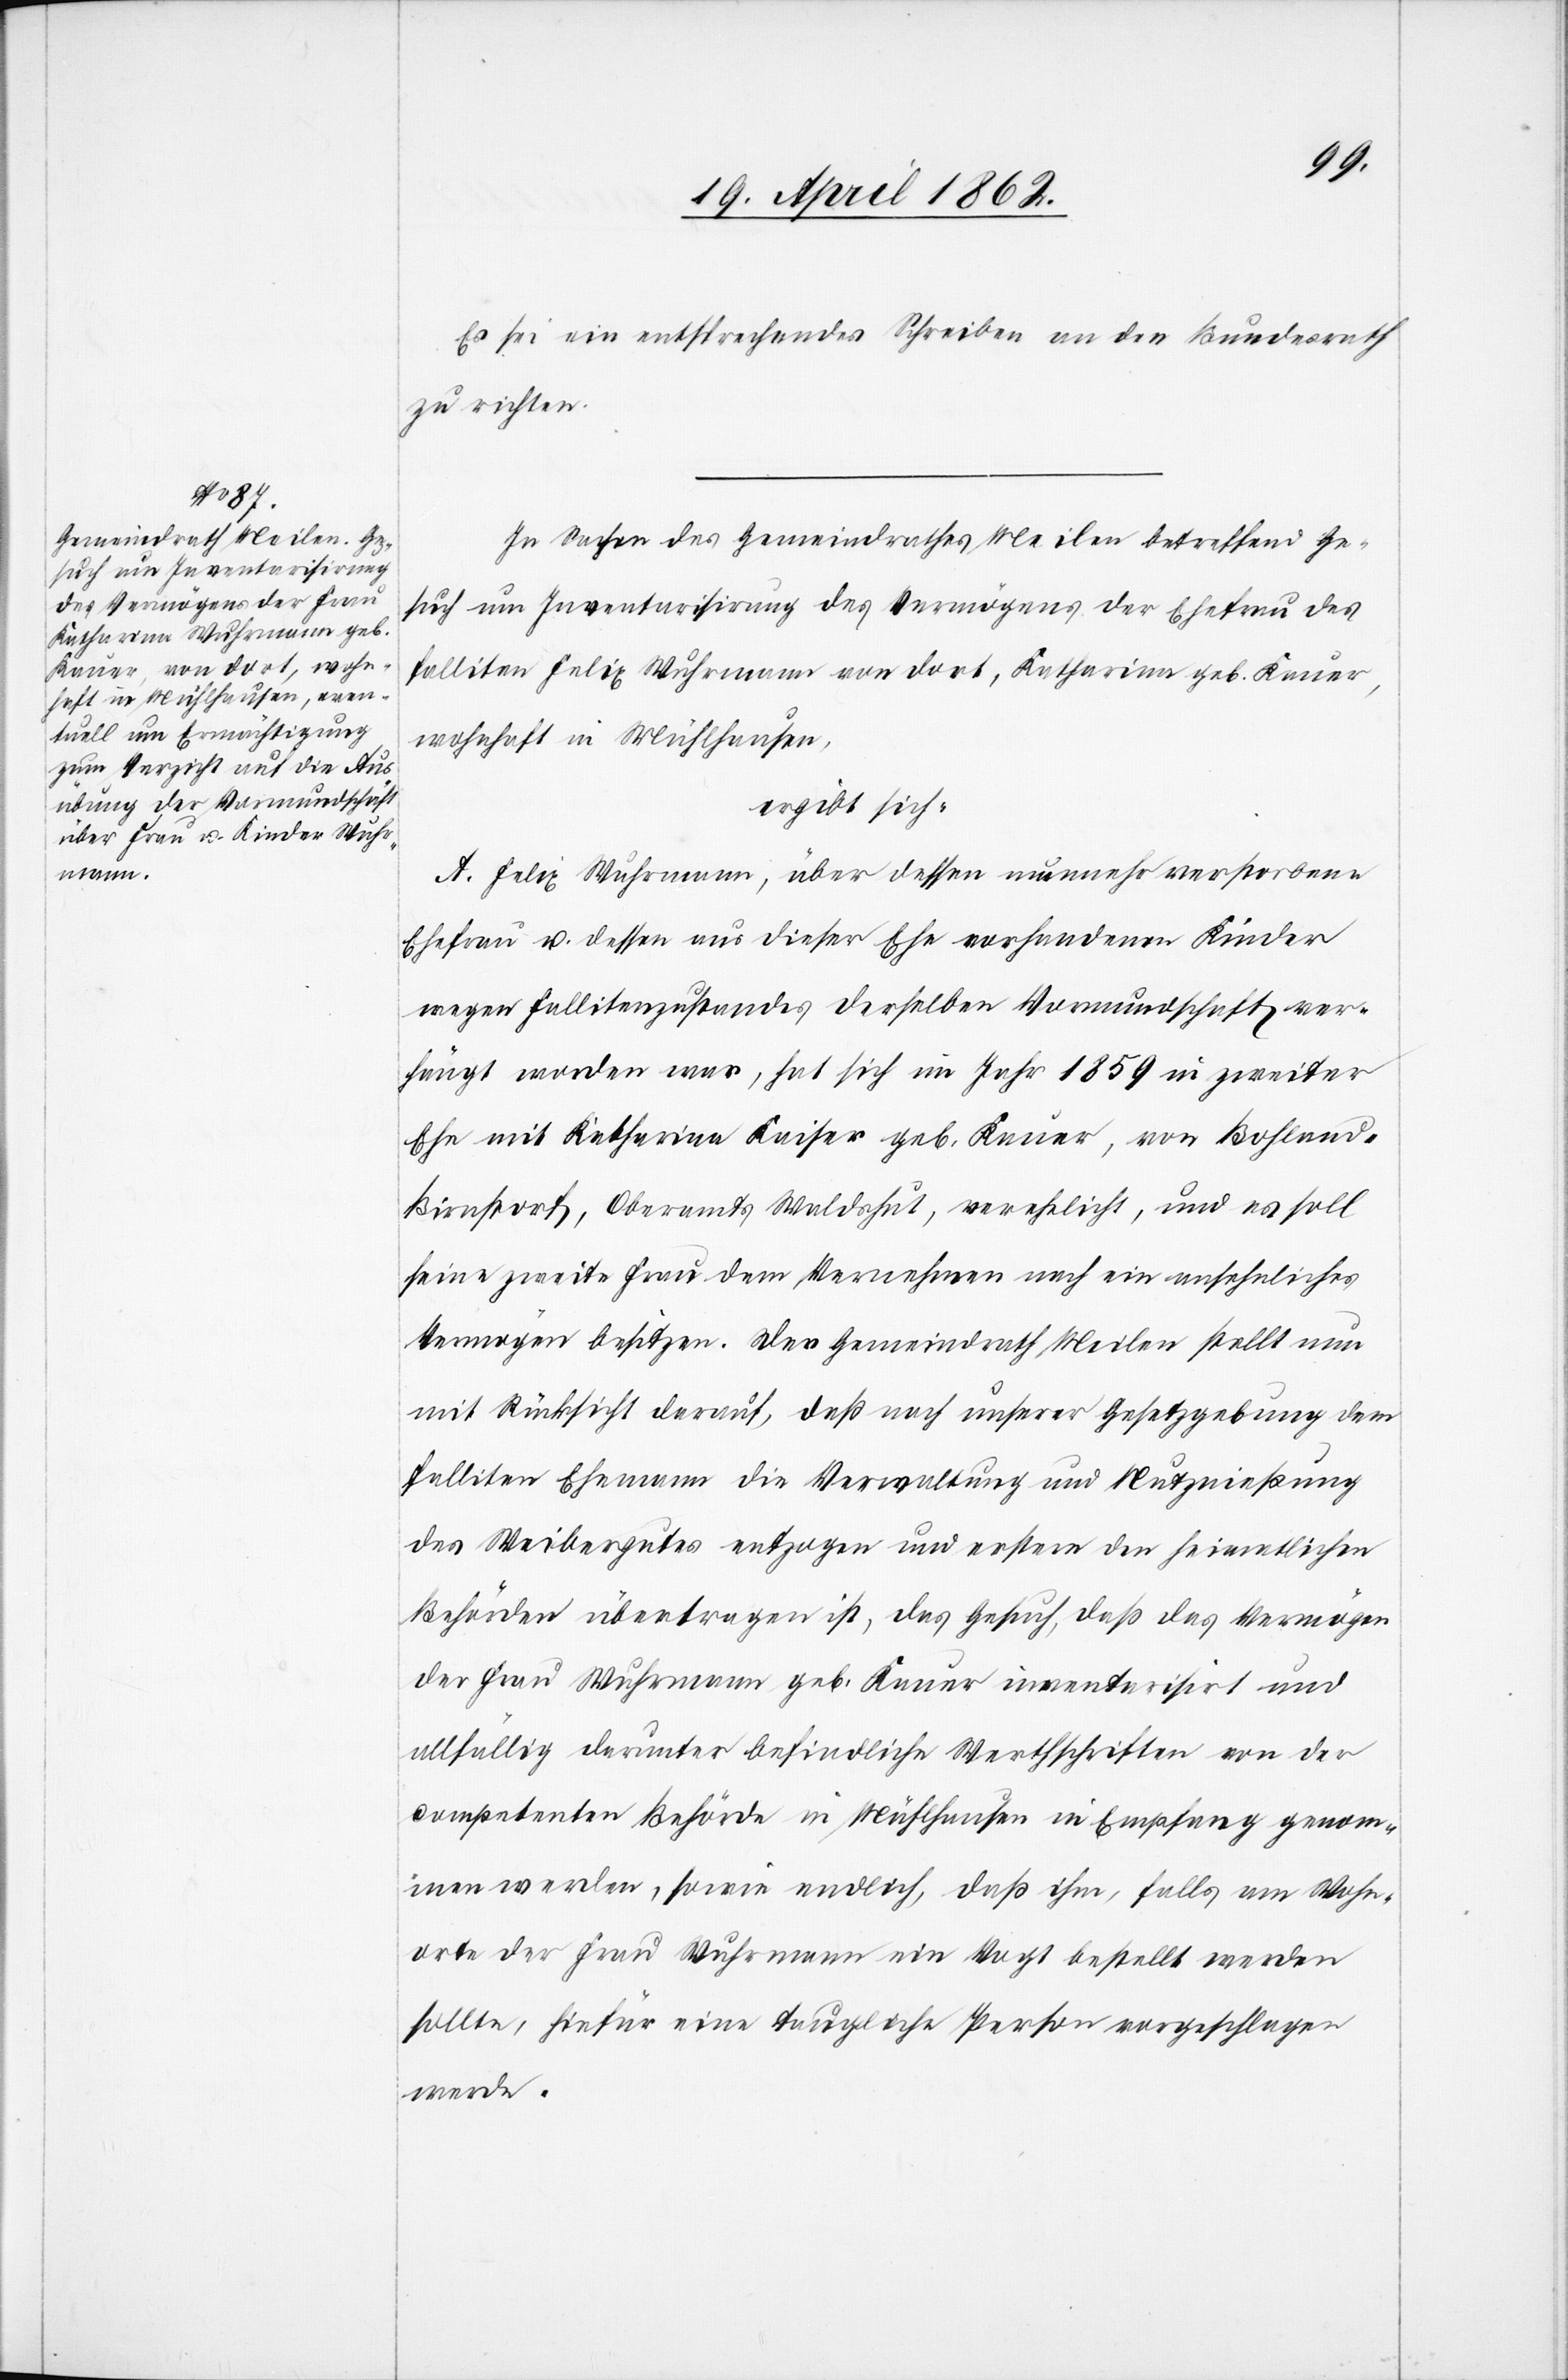
feügt

Es sei ein entsprechendes Schreiben an den Bundesrath
zu richten.
In Sachen des Gemeindrathes Meilen betreffend Ge¬
such um Inventarisirung des Vermögens der Ehefrau des
falliten Felix Wuhrmann von dort, Katharina geb. Kauer,
wohnhaft in Mühlhausen,
ergibt sich:
A. Felix Wuhrmann, über dessen nunmehr verstorbene
Ehefrau u. dessen aus dieser Ehe vorhandenen Kinder
wegen Fallitenzustandes derselben Vormundschaft ver¬
[sic!] worden war, hat sich im Jahr 1859 in zweiter
Ehe mit Katharina Kaiser geb. Kauer, von Bohland-B¬
irnstorf, Oberamts Waldshut, verehelicht, und es soll
seine zweite Frau dem Vornehmen nach ein ansehnliches
Vermögen besitzen. Der Gemeindrath Meilen stellt nun
mit Rücksicht darauf, daß nach unserer Gesetzgebung dem
falliten Ehemann die Verwaltung und Nutznießung
des Weibergutes entzogen und erstere den heimatlichen
Behörden übertragen ist, das Gesuch, daß das Vermögen
der Frau Wuhrmann geb. Kauer inventarisirt und
allfällig darunter befindliche Werthschriften von der
competenten Behörde in Mühlhausen in Empfang genom¬
men werden, sowie endlich, daß ihm, falls am Wohn¬
orte der Frau Wuhrmann ein Vogt bestellt werden
sollte, hiefür eine taugliche Person vorgeschlagen
werde.